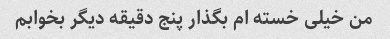
من خیلی خسته ام بگذار پنج دقیقه دیگر بخوابم